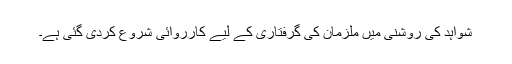
شواہد کی روشنی میں ملزمان کی گرفتاری کے لیے کارروائی شروع کردی گئی ہے۔